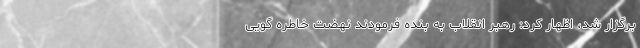
برگزار شد، اظهار کرد: رهبر انقلاب به بنده فرمودند نهضت خاطره گویی